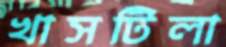
খাসটিলা